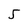
Character: 5